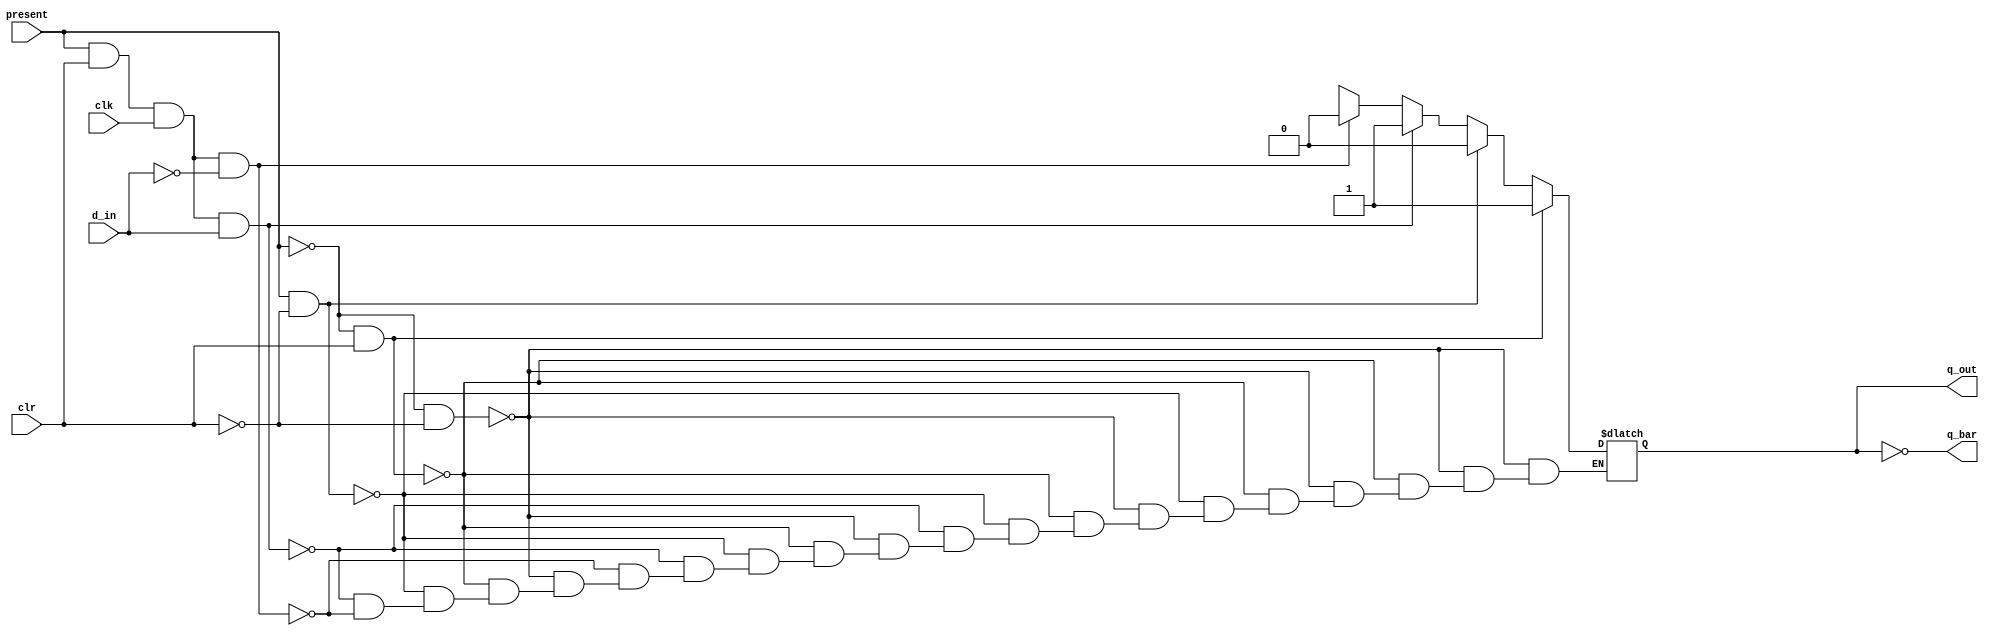
module dlatch_async(d_in,clr,clk,present,q_out,q_bar);
input d_in,clr,clk,present;
output reg q_out;
output q_bar;
always@(d_in or clr or clk or present)
begin 
  if(present==1'b0 & clr==1'b0)
   q_out= 'bz;
  else if(present==1'b0 & clr==1'b1)
  q_out=1;
  else if(present==1'b1 & clr==1'b0)
  q_out=0;
  else if(present==1'b1 & clr==1'b1 & clk==1'b1 & d_in==1'b1)
  q_out=1;
  else if(present==1'b1 & clr==1'b1 & clk==1'b1 & d_in==1'b0)
   q_out=0;
  else if(present==1'b1 & clr==1'b1 & clk==1'b1)
   q_out=q_out;
end

assign q_bar=~q_out;
endmodule